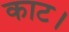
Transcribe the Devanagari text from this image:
काट।